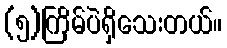
(၅)ကြိမ်ပဲရှိသေးတယ်။